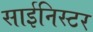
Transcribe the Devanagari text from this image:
साईनिस्टर